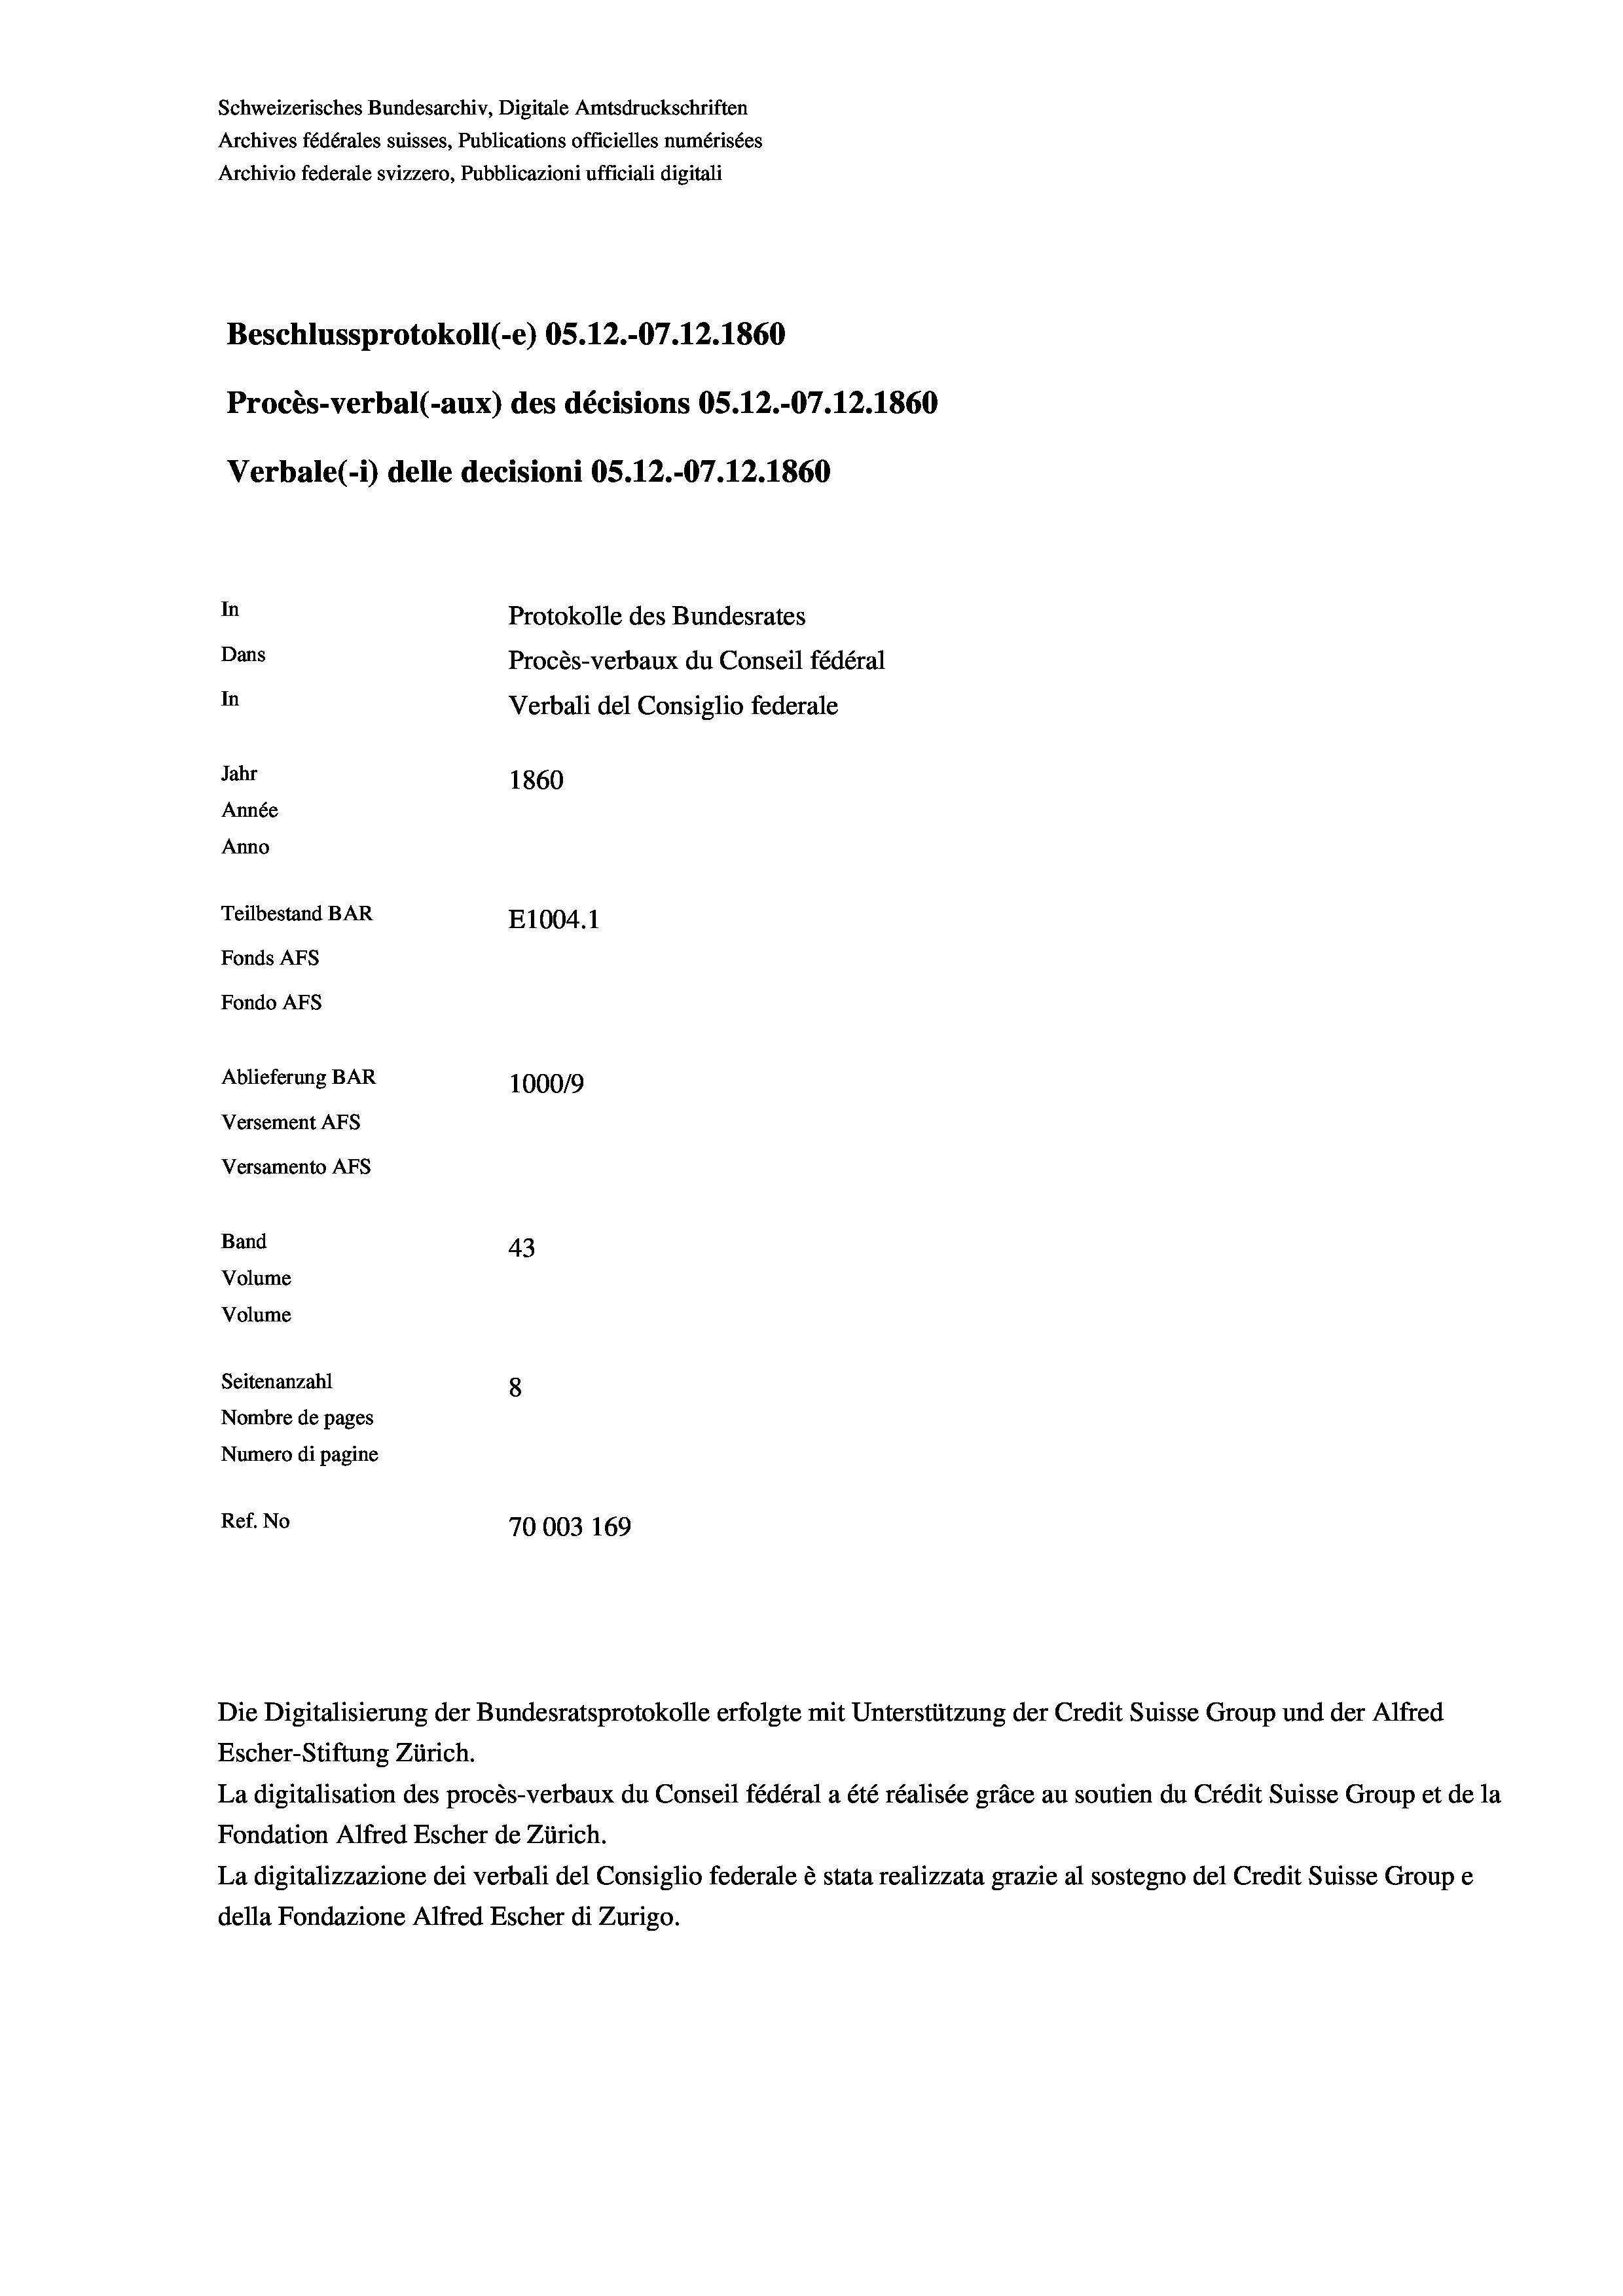
Schweizerisches Bundesarchiv, Digitale Amtsdruckschriften
Archives fédérales suisses, Publications officielles numérisées
Archivio federale svizzero, Pubblicazioni ufficiali digitali
Beschlussprotokoll (-e) OS.12.-07.12.1860
Procès-verbal (-aux) des décisions OS.12.-07.12.1860
Verbale(-*) delle decisioni OS.12.-07.12.1860
In
Protokolle des Bundesrates
Dans
Procès-verbaux du Conseil fédéral
In
Verbali del Consiglio federale
Jahr
1860
Année
Anno
Teilbestand BAR
E1004.1
Fonds AFs
Fondo AFS
Ablieferung BAR
100019
Versement AFs
Versamento AFs
Band
43
Volume
Volume
Seitenanzahl
8
Nombre de pages
Numero di pagine
Ref. No
70003 169

Escher-Stiftung Zürich.
La digitalisation des procès-verbaux du Conseil fédéral a été réalisée gräce au soutien du Crédit Suisse Group et de la
Fondation Alfred Escher de Zürich.
La digitalizzazione dei verbali del Consiglio federale è stata realizzata grazie al sostegno del Credit Suisse Groupe
della Fondazione Alfred Escher di Zurigo.

Die Digitalisierung der Bundesratsprotokolle erfolgte mit Unterstützung der Credit Suisse Group und der Alfred